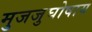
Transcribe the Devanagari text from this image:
मुजजुघोषाय